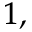
^ { 1 , }